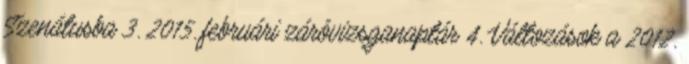
Szenátusba 3. 2015. februári záróvizsganaptár 4. Változások a 2012.